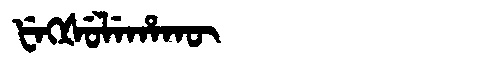
Manchu: ᡶᡝᡴᡧᡠᠯᡝᡥᠠᡴᡡ
Romanization: FEKŠULEHAKŪ